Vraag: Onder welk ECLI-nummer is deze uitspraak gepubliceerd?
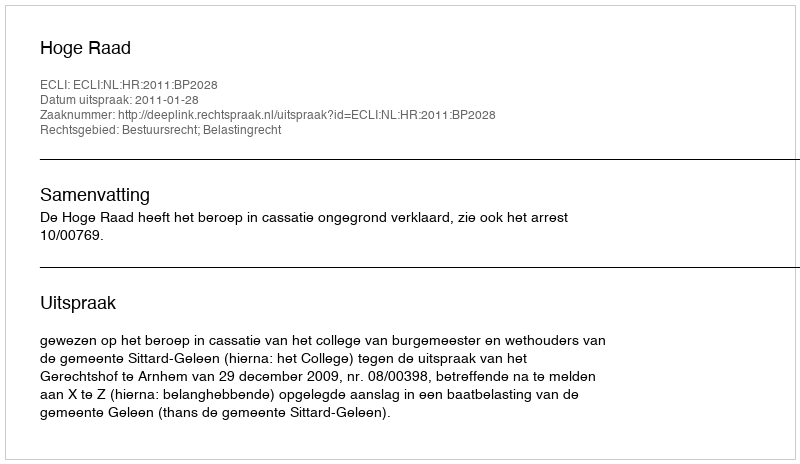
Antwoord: ECLI:NL:HR:2011:BP2028